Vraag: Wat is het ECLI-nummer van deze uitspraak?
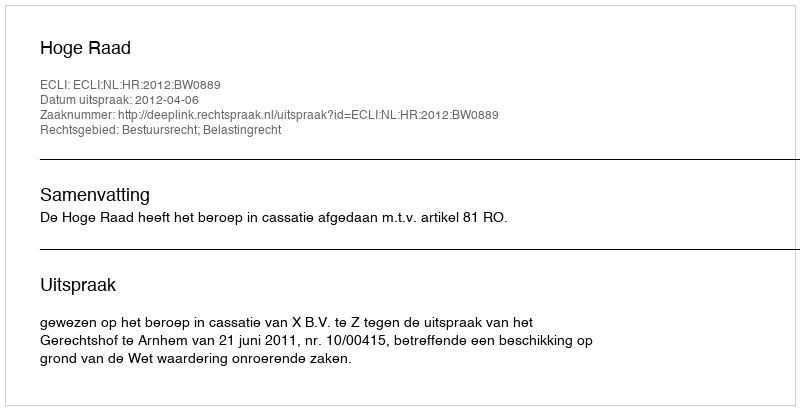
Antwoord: ECLI:NL:HR:2012:BW0889